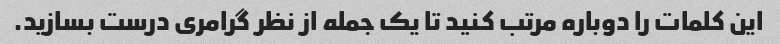
این کلمات را دوباره مرتب کنید تا یک جمله از نظر گرامری درست بسازید.